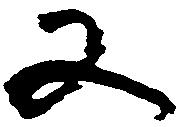
又